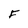
Character: F